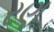
રણ